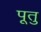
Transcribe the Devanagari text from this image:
पूतु